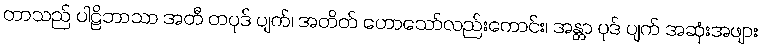
တာသည် ပါဠိဘာသာ အတီ တပုဒ် ပျက်၊ အတိတ် ဟောသော်လည်းကောင်း၊ အန္တာ ပုဒ် ပျက် အဆုံးအဖျား